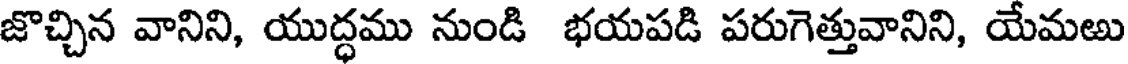
జొచ్చిన వానిని, యుద్ధము నుండి భయపడి పరుగెత్తువానిని, యేమఱు